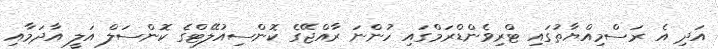
އަދި އެ ރަސްމިއްޔާތުގައި ޓްރިވެންޑްރަމްގައި ހުންނަ ރާއްޖޭގެ ކޮންސިއުލޭޓްގެ ކޮންސަލް އަލީ އާދަމާއި